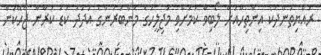
ރައްޔިތުންދެކެ އިންތިހާއަށް ލޯބިވާ ކަމަށްވި މަޖިލީހުގެ މެންބަރުންގެ އަދަދު ކުޑަ ކުރާން ޖެހޭކަން